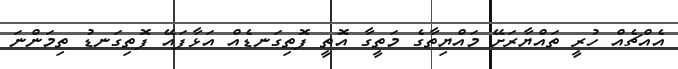
އެއްޗެއް ހުރީ ތައްޔާރަށޭ މައްޔިތާގެ މަތީގާ އޮތީ ފޮތިގަނޑެއް އަޅާފައޭ ފޮތިގަނޑު ތިމަންނަ